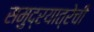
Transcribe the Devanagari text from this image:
समुद्रयात्रेची